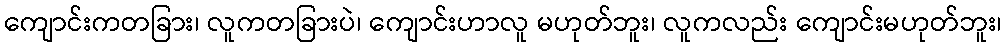
ကျောင်းကတခြား၊ လူကတခြားပဲ၊ ကျောင်းဟာလူ မဟုတ်ဘူး၊ လူကလည်း ကျောင်းမဟုတ်ဘူး၊